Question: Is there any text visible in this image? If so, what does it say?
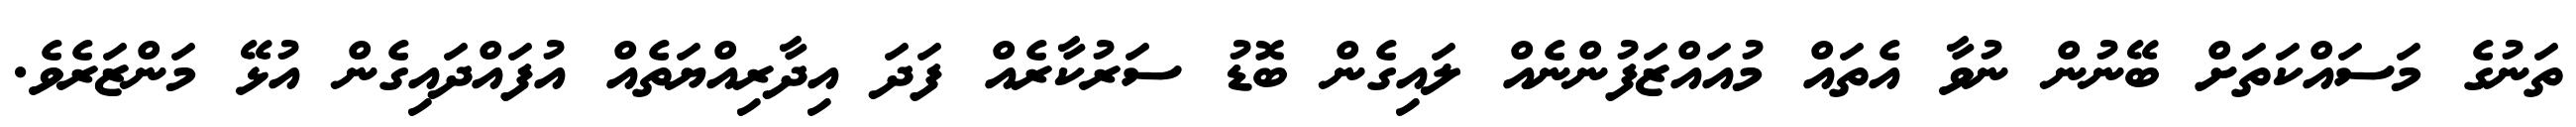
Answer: ތަނުގެ މަސައްކަތަށް ބޭނުން ނުވާ އެތައް މުއައްޒަފުންނެއް ލައިގެން ބޮޑު ސަރުކާރެއް ފަދަ އިދާރިއްޔަތެއް އުފައްދައިގެން އުޅޭ މަންޒަރެވެ.